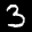
Label: 3